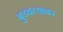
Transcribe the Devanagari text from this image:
बुडवल्यावर